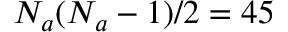
N _ { a } ( N _ { a } - 1 ) / 2 = 4 5